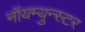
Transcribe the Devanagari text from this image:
नॉयम्युन्स्टर